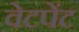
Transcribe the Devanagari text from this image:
वेटपेंट